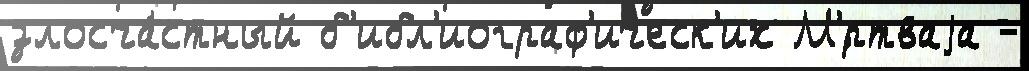
злосча́стный б'ибл'иограф'ическ'их М'́ртваjа -